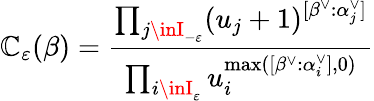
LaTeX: \mathbb{C}_{\varepsilon}(\beta)=\frac{{\prod_{j\inI_{-\varepsilon}}(u_{j}+1)^{[\beta^{\vee}:\alpha_{j}^{\vee}]}}}{{\prod_{i\inI_{\varepsilon}}u_{i}^{\operatorname*{max}([\beta^{\vee}:\alpha_{i}^{\vee}],0)}}}